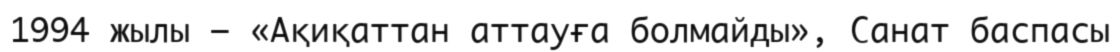
1994 жылы – «Ақиқаттан аттауға болмайды», Санат баспасы